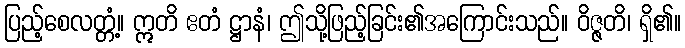
ပြည့်စေလတ္တံ့။ ဣတိ ဧတံ ဋ္ဌာနံ၊ ဤသို့ဖြည့်ခြင်း၏အကြောင်းသည်။ ဝိဇ္ဇတိ၊ ရှိ၏။